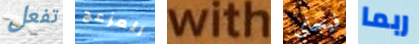
تفعل المزعج with فيجاي ربما